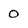
Character: 0